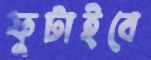
ফুটাইবে